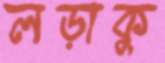
লড়াকু